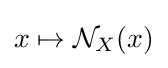
x\mapsto {\mathcal {N}}_{X}(x)